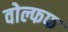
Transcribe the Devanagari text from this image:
वोल्फफ